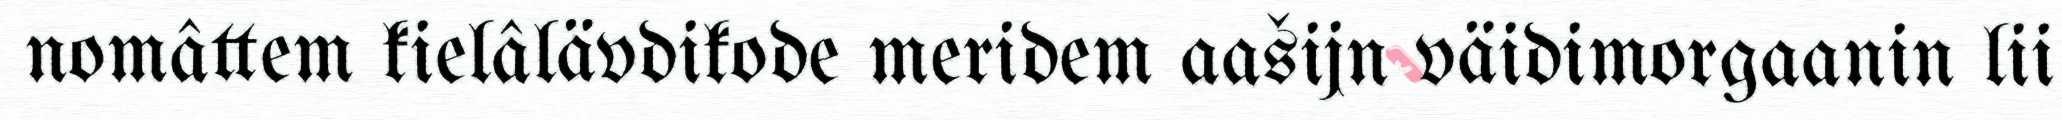
nomâttem kielâlävdikode meridem aašijn väidimorgaanin lii